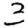
Digit: 3